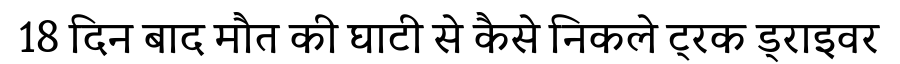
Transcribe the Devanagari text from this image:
18 दिन बाद मौत की घाटी से कैसे निकले ट्रक ड्राइवर